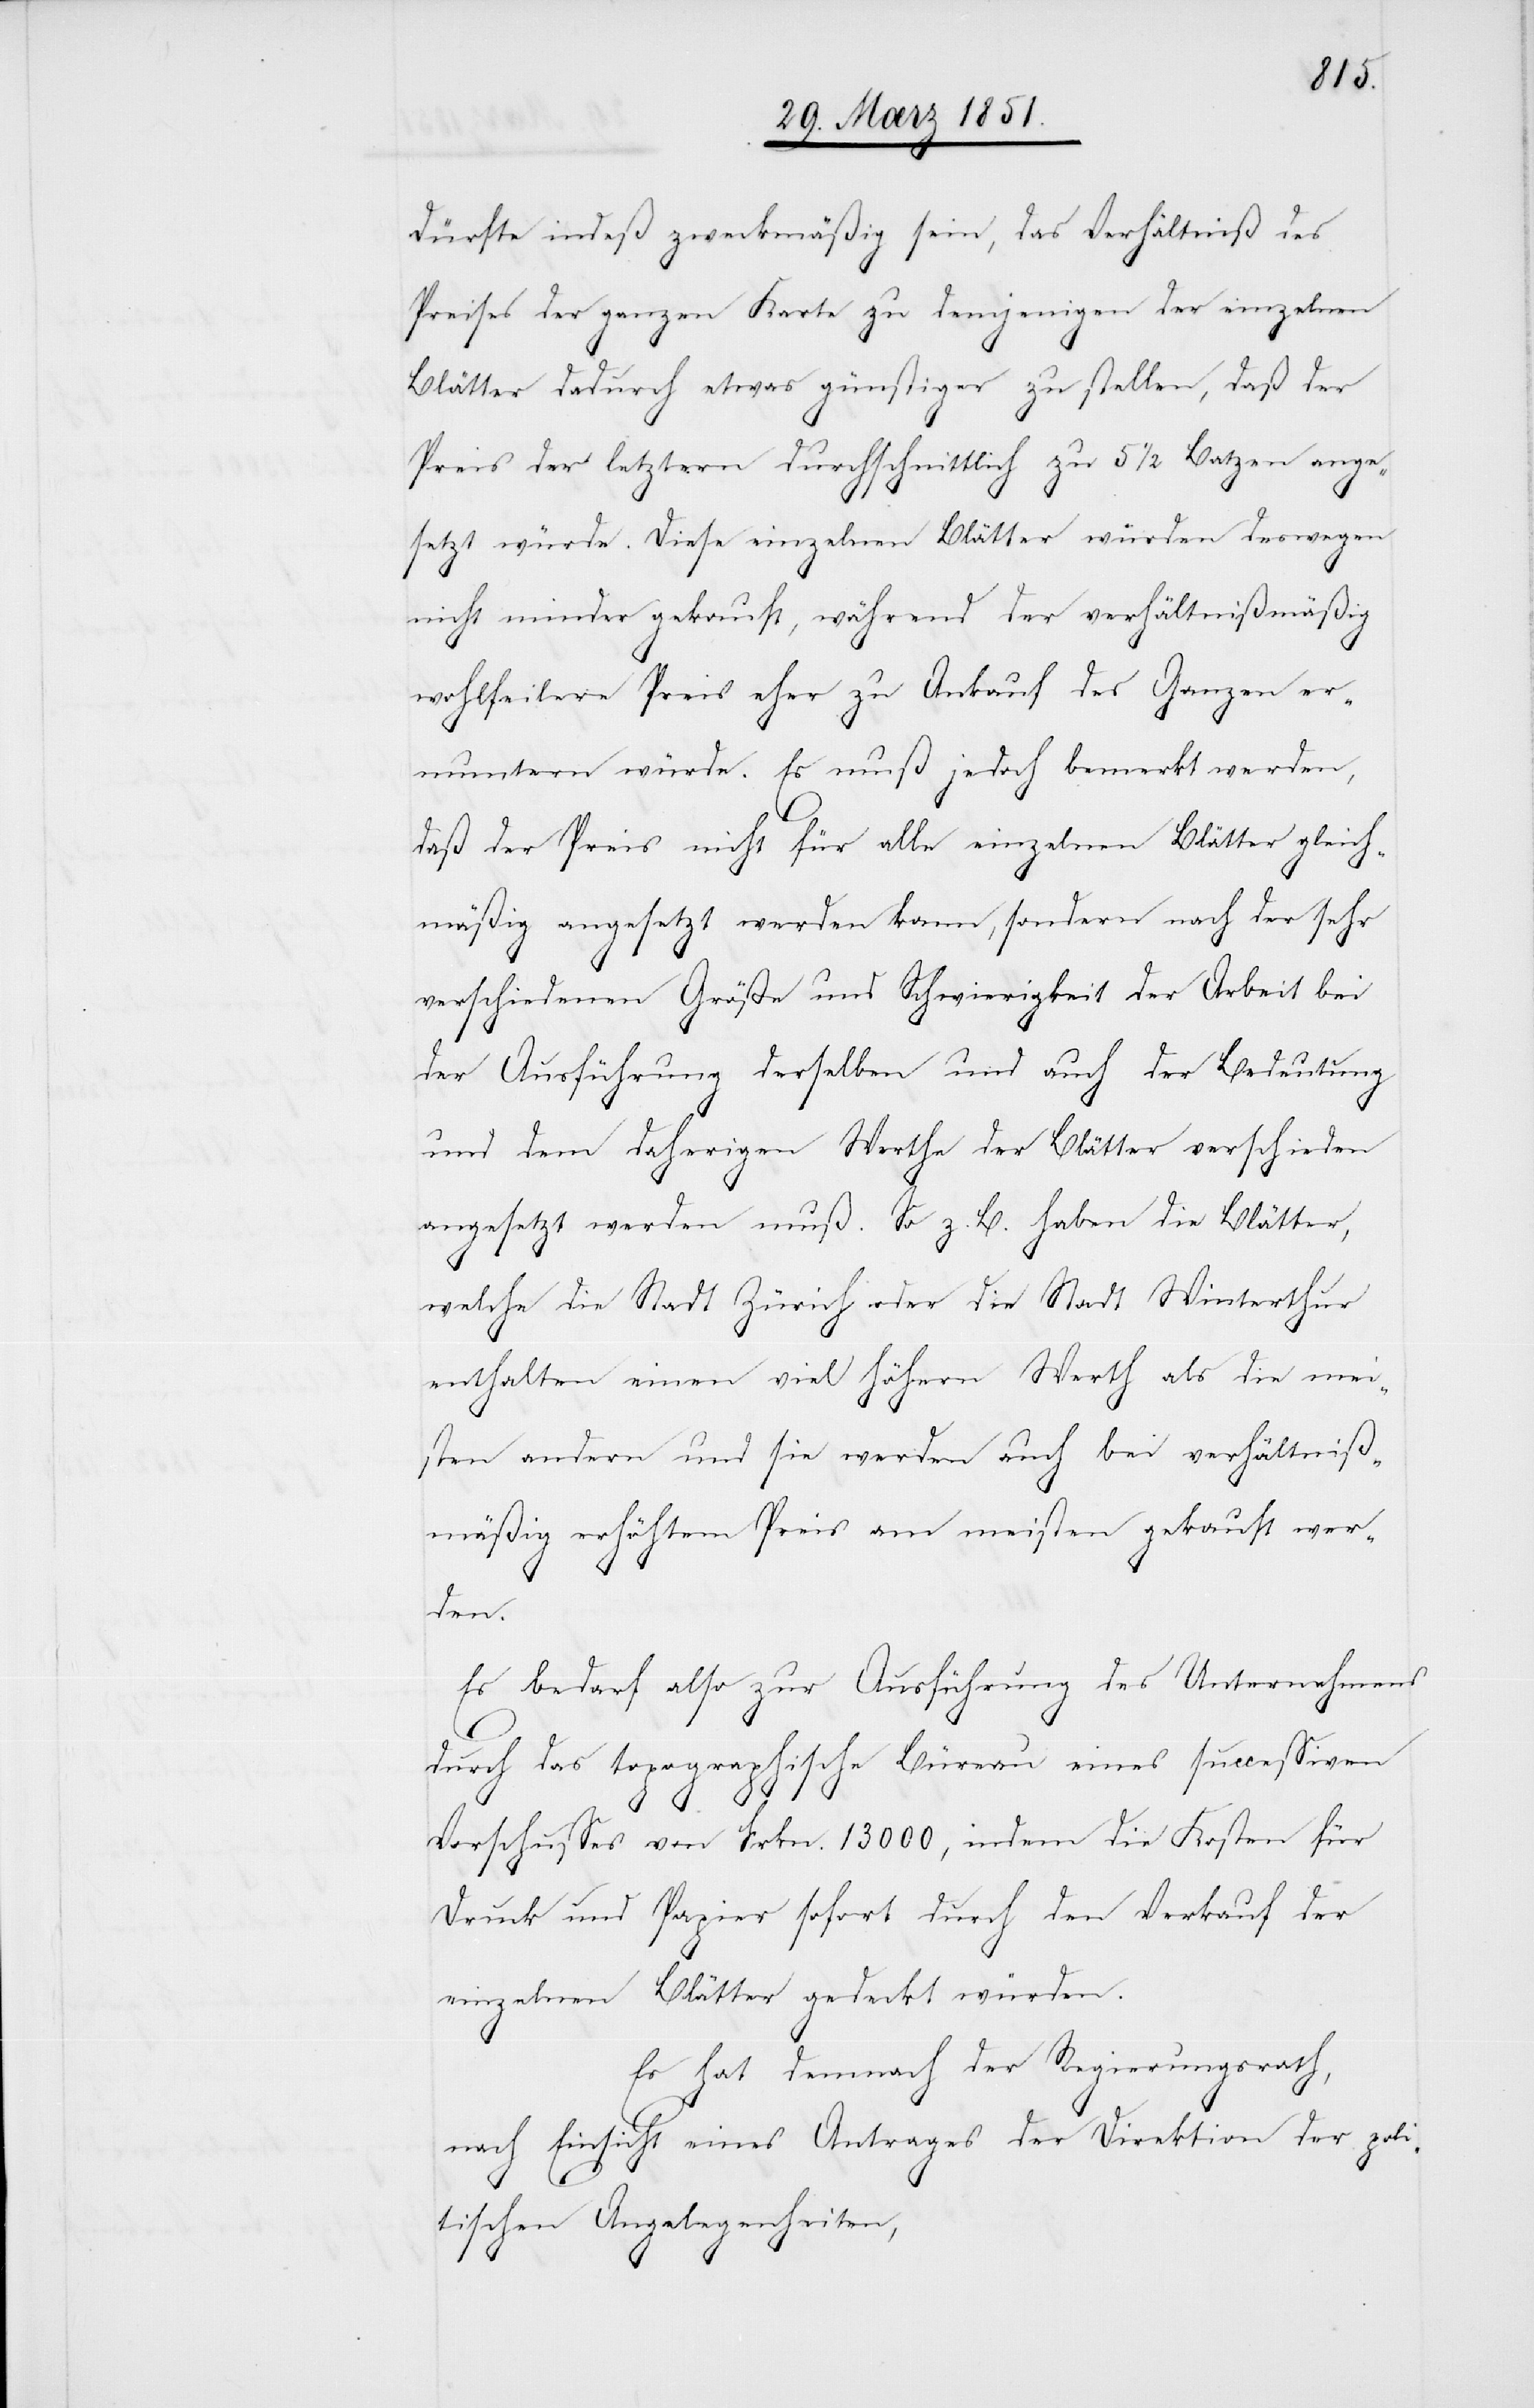
dürfte indeß zweckmäßig sein, das Verhältniß des
Preises der ganzen Karte zu demjenigen der einzelnen
Blätter dadurch etwas günstiger zu stellen, daß der
Preis der letztern durchschnittlich zu 5 1/2 Batzen ange¬
setzt würde. Diese einzelnen Blätter würden deswegen
nicht minder gekauft, während der verhältnißmäßig
wohlfeilere Preis eher zu Ankauf des Ganzen er¬
muntern würde. Es muß jedoch bemerkt werden,
daß der Preis nicht für alle einzelnen Blätter gleich¬
mäßig angesetzt werden kann, sondern nach der sehr
verschiedenen Größe und Schwierigkeit der Arbeit bei
der Ausführung derselben und auch der Bedeutung
und dem daherigen Werthe der Blätter verschieden
angesetzt werden muß. So z. B. haben die Blätter,
welche die Stadt Zürich oder die Stadt Winterthur
enthalten einen viel höhern Werth als die mei¬
sten andern und sie werden auch bei verhältniß¬
mäßig erhöhtem Preis am meisten gekauft wer¬
den.
Es bedarf also zur Ausführung des Unternehmens
durch das topographische Büreau eines successiven
Vorschusses von Frkn. 13000, indem die Kosten für
Druck und Papier sofort durch den Verkauf der
einzelnen Blätter gedeckt würden.
Es hat demnach der Regierungsrath,
nach Einsicht eines Antrages der Direktion der poli¬
tischen Angelegenheiten,